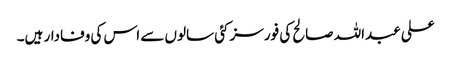
علی عبداللہ صالح کی فورسز کئی سالوں سے اس کی وفادار ہیں۔